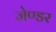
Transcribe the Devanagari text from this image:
जेण्डर